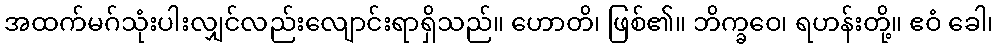
အထက်မဂ်သုံးပါးလျှင်လည်းလျောင်းရာရှိသည်။ ဟောတိ၊ ဖြစ်၏။ ဘိက္ခဝေ၊ ရဟန်းတို့။ ဧဝံ ခေါ၊